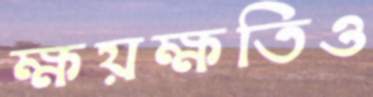
ক্ষয়ক্ষতিও